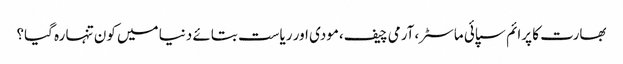
بھارت کا پرائم سپائی ماسٹر،آرمی چیف،مودی اور ریاست بتائے دنیا میں کون تنہا رہ گیا؟